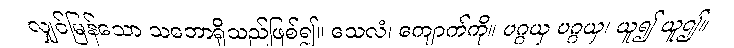
လျှင်မြန်သော သဘောရှိသည်ဖြစ်၍။ သေလံ၊ ကျောက်ကို။ ပဂ္ဂယှ ပဂ္ဂယှ၊ ယူ၍ ယူ၍။